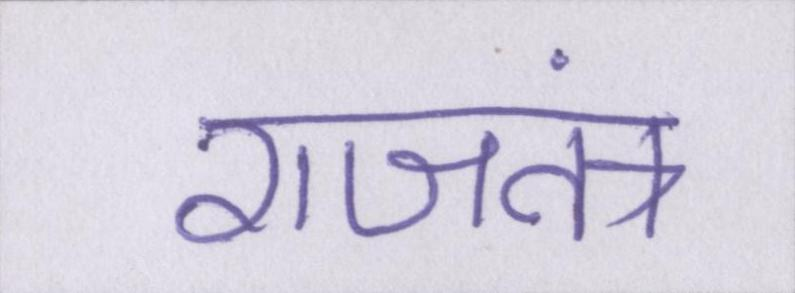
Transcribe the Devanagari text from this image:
राजतंत्र